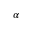
\alpha